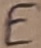
Text: E